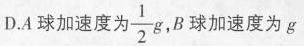
D.A球加速度为\frac{1}{2}g,B球加速度为g